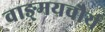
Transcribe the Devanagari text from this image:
वाङ्‌मयचौर्य